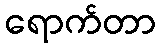
ရောက်တာ